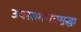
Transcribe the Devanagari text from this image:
उपसागरातसुद्धा